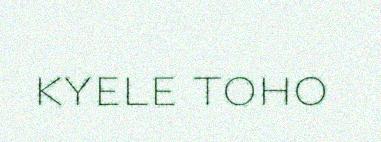
kyele toho